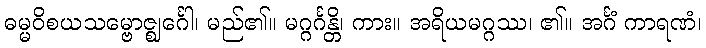
ဓမ္မဝိစယသမ္ဗောဇ္ဈင်္ဂေါ၊ မည်၏။ မဂ္ဂင်္ဂန္တိ၊ ကား။ အရိယမဂ္ဂဿ၊ ၏။ အင်္ဂံ ကာရဏံ၊